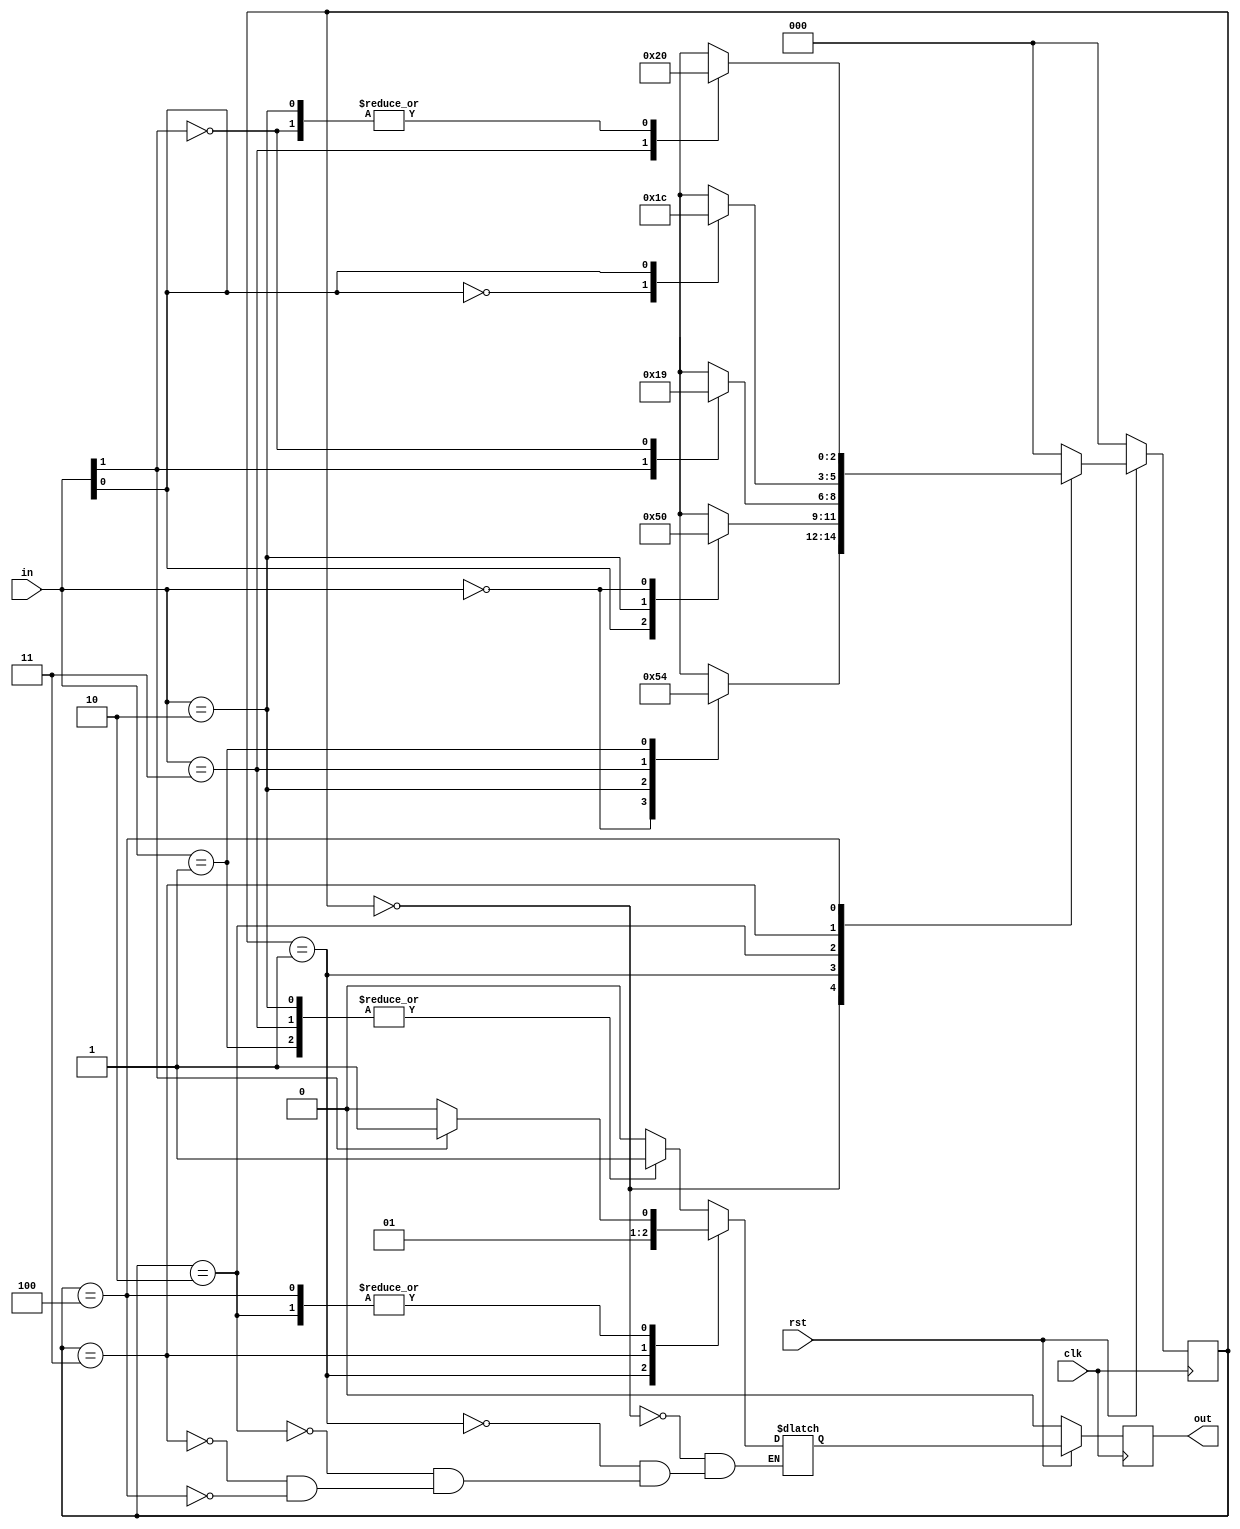
//***************************************************************************//
//***************************************************************************//
//***************************************************************************//
//**************                                          *******************//
//**************                                          *******************//
//**************      (c) SASIC Technologies Pvt Ltd      *******************//
//**************          (c) Verilogic Solutions         *******************//
//**************                                          *******************//
//**************                                          *******************//
//**************                                          *******************//
//**************           www.sasictek.com               *******************//
//**************          www.verilog-ic.com              *******************//
//**************                                          *******************//
//**************           Twitter:@sasictek              *******************//
//**************                                          *******************//
//**************                                          *******************//
//**************                                          *******************//
//***************************************************************************//
//***************************************************************************//


//              File Type: Verilog                                 

                             
//***************************************************************************//
//***************************************************************************//
                             

//              Author:
//              Reviewer:
//              Manager:
                             

//***************************************************************************//
//***************************************************************************//
//
module fsm #(parameter I_WIDTH=2,
						 parameter O_WIDTH=3,
						 parameter s0=3'b000,
						 parameter s1=3'b001,
						 parameter s2=3'b010,
						 parameter s3=3'b011,
						 parameter s4=3'b100)
						(input rst,
					   input clk,
				 	   input [I_WIDTH-1:0]in,
				 	 	 output reg out);
	reg [O_WIDTH-1:0] cst,nst;
	reg out_1;
	always@(in or cst)
		begin:alw_blk
			case(cst)
				s0:
					case(in)
						2'b00:
							begin:in0_blk
								nst=s0;
								out_1  = 1'b0;
							end	//in0_blk
						2'b10:
							begin:in10_blk
								nst=s1;
								out_1  = 1'b1;
							end	//in10_blk
						2'b11:
							begin:in11_blk
								nst=s2;
								out_1  = 1'b1;
							end	//in11_blk
						2'b01:
							begin:in01_blk
								nst=s4;
								out_1  = 1'b1;
							end	//in01_blk
						default:
						begin:so_state
							nst=s0;
							out_1=1'b0;
						end	//s0_state
						endcase	//s0_case
				s1:
					casex(in)
						2'bx1:
							begin:inx1_blk
								nst=s1;
								out_1  = 1'b0;
							end	//inx1_blk
						2'b10:
							begin:in1_blk
								nst=s2;
								out_1  = 1'b0;
							end	//in10_blk
						2'b00:
							begin:in00_blk
								nst=s0;
								out_1  = 1'b0;
							end	//in00_blk
						default:
							begin:s1_state
								nst=s1;
								out_1=1'b0;
							end	//s1_state
						endcase	//s1_case
				s2:
					casex(in)
						2'b1x:
							begin:in1x_blk
								nst=s3;
								out_1  = 1'b1;
							end	//in1x_blk
						2'b0x:
							begin:in0x_blk
								nst=s1;
								out_1  = 1'b0;
								$display("hello");
							end	//in0x_blk
						default:
							begin:s2_state
								nst=s2;
								out_1=1'b0;
								//$display("s2 state");
							end	//s2_state
						endcase	//s2_case
				s3:
					casex(in)
						2'bx0:
							begin:inx0_blk
								nst=s3;
								out_1  = 1'b1;
							end	//inx0_blk
						2'bx1:
							begin:inxx1_blk
								nst=s4;
								out_1  = 1'b1;
							end	//inx1_blk
						default:
							begin:s3_state
								nst=s3;
								out_1=1'b0;
							end	//s3_state
						endcase	//s3_case
				s4:
					casex(in)
						2'b11:
							begin:in111_blk
								nst=s4;
								out_1  = 1'b1;
							end	//in1_blk
						2'b0x:
							begin:in00x_blk
								nst=s0;
								out_1  = 1'b0;
							end	//in0x_blk
						2'b10:
							begin:in100_blk
								nst=s0;
								out_1  = 1'b1;
							end	//in10_blk
						default:
							begin:s4_state
								nst=s4;
								out_1=1'b0;
							end	//s4_state
						endcase	//s4_case
					default:
						begin:cst_def
							nst=s0;
						end	//cst_def
			endcase	//cst_case
		end	//alw_blk
	always@(posedge clk)
		begin:alw2_blk
			if(!rst)
				begin:reset_blk
					cst<=s0;
					out<=1'b0;
				end	//reset_blk
			else
				begin:reset1_blk
					cst<=nst;
					out<=out_1;
				end	//reset0_blk
		end	//alw2_blk
		endmodule












/*	parameter s0=3'b001,	s1=3'b001,	s2=3'b010,	s3=3'b011,	s4=3'b100;
	reg [2:0] cst,nst;
	reg out_1;
	always@(in or cst)
		begin
			casex(cst)
				s0:
					begin:s0_blk
						if(in==2'b00)
							begin
								nst=s0;
								out_1  = 1'b0;
							end
						else if(in==2'b10)
							begin
								nst=s1;
								out_1  = 1'b1;
							end
						else if(in==2'b11)
							begin
								nst=s2;
								out_1  = 1'b1;
							end
						else if(in==2'b01)
							begin
								nst=s4;
								out_1  = 1'b1;
							end
					 end:s0_blk
				s1:
					begin:s1_blk
						if(in===2'bx1)
							begin
								nst=s1;
								out_1  = 1'b0;
							end
						else if(in==2'b10)
							begin
								nst=s2;
								out_1  = 1'b0;
							end
						else if(in==2'b00)
							begin
								nst=s0;
								out_1  = 1'b0;
							end
						end:s1_blk
				s2:
					begin:s2_blk
						if(in===2'b1x)
							begin
								nst=s3;
								out_1  = 1'b1;
							end
						else if(in===2'b0x)
							begin
								nst=s1;
								out_1  = 1'b0;
							end
						end:s2_blk
				s3:
					begin:s3_blk
						if(in===2'bx0)
							begin
								nst=s3;
								out_1  = 1'b1;
							end
						else if(in===2'bx1)
							begin
								nst=s4;
								out_1  = 1'b1;
							end
						end:s3_blk
				s4:
					begin:s4_blk
						if(in==2'b11)
							begin
								nst=s4;
								out_1  = 1'b1;
							end
						else if(in===2'b0x)
							begin
								nst=s0;
								out_1  = 1'b0;
							end
						else if(in==2'b10)
							begin
								nst=s0;
								out_1  = 1'b1;
							end
						end:s4_blk
					default:
						begin
							nst=s0;
						end
			endcase
		end
	always@(posedge clk)
		begin
			if(!rst)
				begin
					cst<=s0;
					out<=1'b0;
				end
			else
				begin
					cst<=nst;
					out<= out_1 ;
				end
		end
endmodule*/